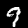
Label: 9